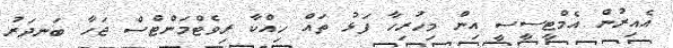
އެއިރުން އެމްޓީސީސީ އިން މިހުރިހާ ފަޅު ތައް ހިއްކާ ރިވެޓްމަންޓްސް ޖަހާ ބަނދަރު